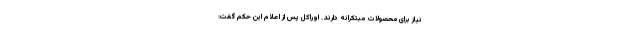
نیاز برای محصولات مبتکرانه دارند. اوراکل پس از اعلام این حکم گفت: